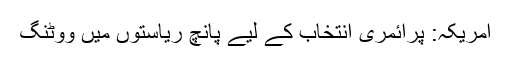
امریکہ: پرائمری انتخاب کے لیے پانچ ریاستوں میں ووٹنگ